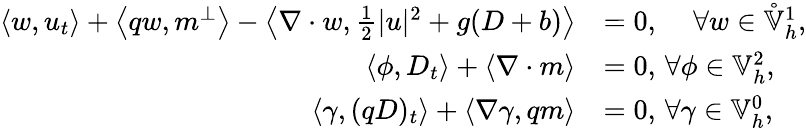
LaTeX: \begin{array}{rl}{\left\langle w,u_{t}\right\rangle+\left\langle qw,m^{\perp}\right\rangle-\left\langle\nabla\cdot w,\frac{1}{2}|u|^{2}+g(D+b)\right\rangle}&{=0,\, \quad\forall w\in\mathring{\mathbb{V}}_{h}^{1},}\\ {\left\langle\phi,D_{t}\right\rangle+\left\langle\nabla\cdot m\right\rangle}&{=0,\, \forall\phi\in\mathbb{V}_{h}^{2},}\\ {\left\langle\gamma,(qD)_{t}\right\rangle+\left\langle\nabla\gamma,qm\right\rangle}&{=0,\, \forall\gamma\in\mathbb{V}_{h}^{0},}\end{array}